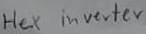
Text: Hex inverter